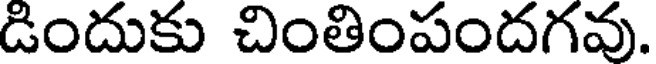
డిందుకు చింతింపందగవు.